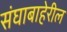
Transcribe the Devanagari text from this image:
संघाबाहेरील